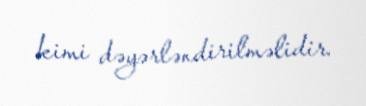
kimi dəyərləndirilməlidir.